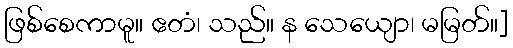
ဖြစ်စေကာမူ။ ဧတံ၊ သည်။ န သေယျော၊ မမြတ်။]